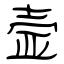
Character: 壸